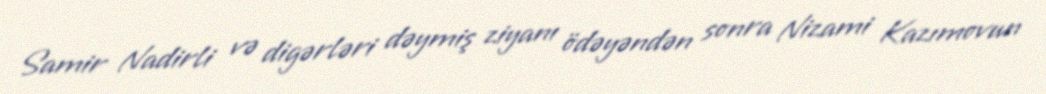
Samir Nadirli və digərləri dəymiş ziyanı ödəyəndən sonra Nizami Kazımovun